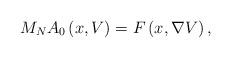
LaTeX: \begin{align*}M_{N}A_{0}\left( x,V\right) =F\left( x,\nabla V\right) , \end{align*}